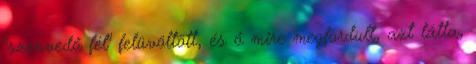
"szenvedő fél" felüvöltött, és ő mire megfordult, azt látta,